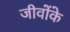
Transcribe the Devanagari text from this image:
जीवोंके